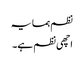
نظم ہمسایہ
اچھی نظم ہے۔